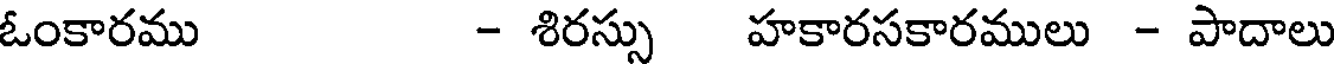
ఓంకారము - శిరస్సు హకారసకారములు - పాదాలు